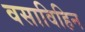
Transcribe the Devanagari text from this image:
वसाविहिन